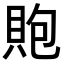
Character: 𧵢